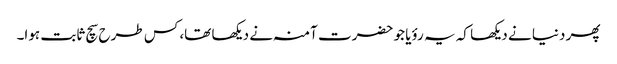
پھر دنیا نے دیکھا کہ یہ رؤیا جو حضرت آمنہ نے دیکھا تھا، کس طرح سچ ثابت ہوا۔